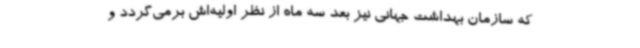
که سازمان بهداشت جهانی نیز بعد سه ماه از نظر اولیه‌اش برمی‌گردد و